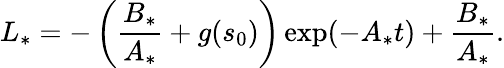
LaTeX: L_{*}=-\left(\frac{B_{*}}{A_{*}}+g(s_{0})\right)\exp(-A_{*}t)+\frac{B_{*}}{A_{*}}.